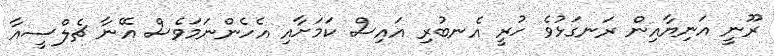
ރޫނީ އަނިޔާއިން ރަނގަޅުވެ ހުރީ އެނބުރި އައިސް ކަމަށާއި އެހެންނަމަވެސް އޭނާ ޗެލްސީއާ